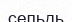
сельдь